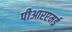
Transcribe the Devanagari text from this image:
पीआरएमई